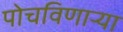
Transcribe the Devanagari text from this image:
पोचविणार्‍या